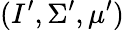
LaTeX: (I^{\prime},\Sigma^{\prime},\mu^{\prime})